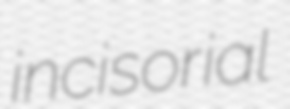
incisorial